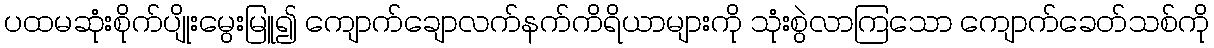
ပထမဆုံးစိုက်ပျိုးမွေးမြူ၍ ကျောက်ချောလက်နက်ကိရိယာများကို သုံးစွဲလာကြသော ကျောက်ခေတ်သစ်ကို